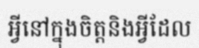
អ្វីនៅក្នុងចិត្តនិងអ្វីដែល